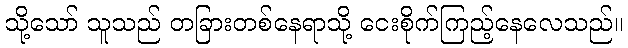
သို့သော် သူသည် တခြားတစ်နေရာသို့ ငေးစိုက်ကြည့်နေလေသည်။